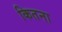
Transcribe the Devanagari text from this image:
कितना